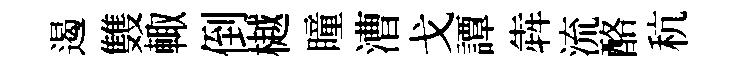
遏䨇輙倒樾瞳漕戈譚犇流酪秔